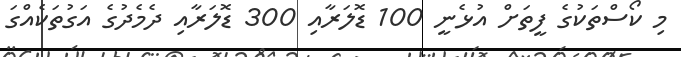
މި ކޯސްތަކުގެ ފީތަށް އުޅެނީ 100 ޑޮލަރާއި 300 ޑޮލަރާއި ދެމެދުގެ އަގުތަކެއްގަ